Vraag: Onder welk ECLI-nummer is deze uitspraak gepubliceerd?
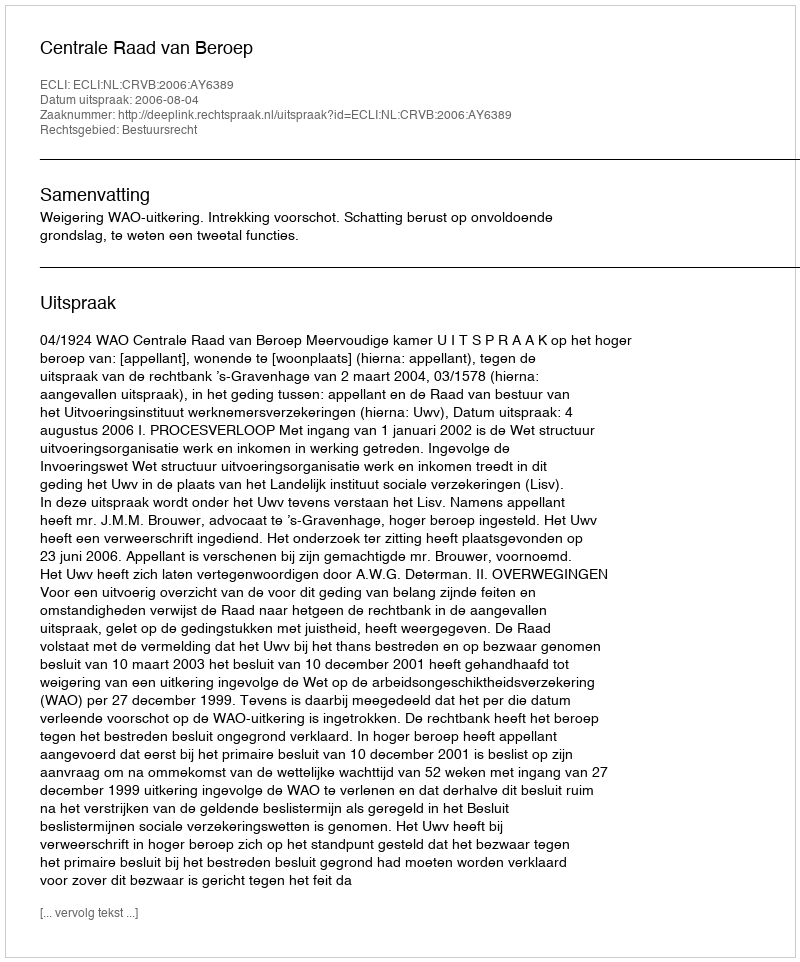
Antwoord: ECLI:NL:CRVB:2006:AY6389